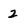
Character: 2